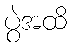
ပွဲအထိ